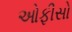
ઓફીસો